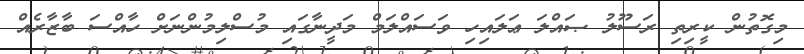
މިގޮތުން ކީރިތި ރަސޫލު ޞައްލަ ޢަލައިހި ވަސައްލަމް މަދީނާގައި މުސްލިމުންނަށް ހާއްސަ ބާޒާރެއް